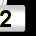
Digit: 2